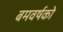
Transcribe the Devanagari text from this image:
बमवर्षको